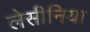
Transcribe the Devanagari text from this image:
लेसीनिया